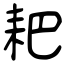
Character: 耙